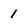
Character: 1